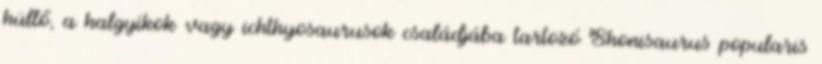
hüllő, a halgyíkok vagy ichthyosaurusok családjába tartozó Shonisaurus popularis